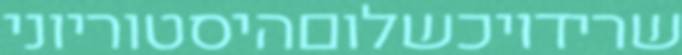
שרידויכשלוםהיסטוריוני